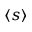
\langle s \rangle